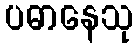
ပဓာနေသု